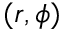
( r , \phi )